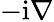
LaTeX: -\mathrm{i}\nabla